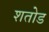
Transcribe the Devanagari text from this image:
शतोड